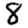
Digit: 8